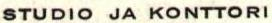
STUDIO JA KONTTORI